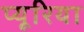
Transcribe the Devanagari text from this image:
प्यूरिया